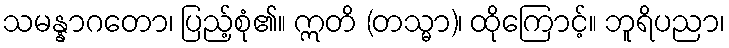
သမန္နာဂတော၊ ပြည့်စုံ၏။ ဣတိ (တသ္မာ)၊ ထိုကြောင့်။ ဘူရိပညာ၊